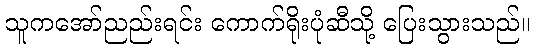
သူကအော်ညည်းရင်း ကောက်ရိုးပုံဆီသို့ ပြေးသွားသည်။